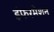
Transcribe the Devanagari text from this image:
इंफरमेशन